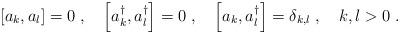
LaTeX: \begin{align*}\left[a_k,a_l\right] =0\;,\quad\left[a_k^\dagger,a_l^\dagger\right] =0\;,\quad\left[a_k,a_l^\dagger\right] =\delta_{k, l}\; ,\quad k,l > 0\; .\end{align*}